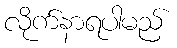
လိုက်နာရပါမည်